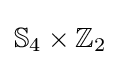
\mathbb {S} _{4}\times \mathbb {Z} _{2}